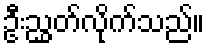
ဦးညွှတ်လိုက်သည်။